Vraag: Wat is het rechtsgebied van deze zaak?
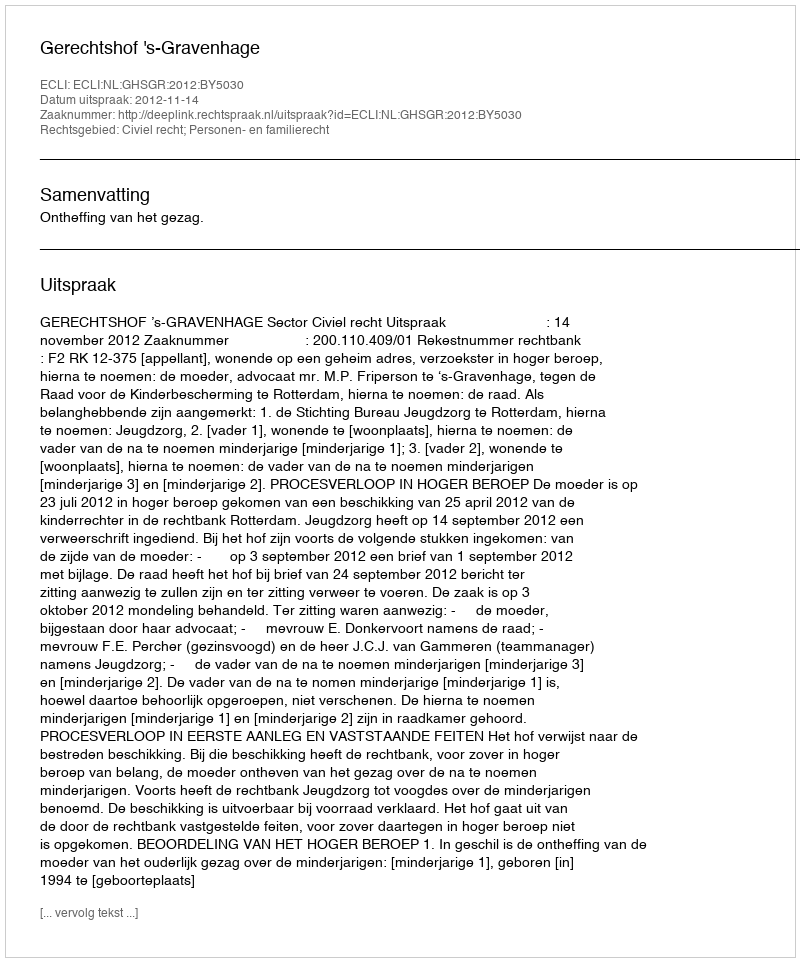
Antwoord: Civiel recht; Personen- en familierecht